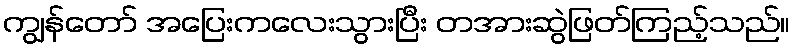
ကျွန်တော် အပြေးကလေးသွားပြီး တအားဆွဲဖြတ်ကြည့်သည်။